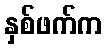
နှစ်ဖက်က